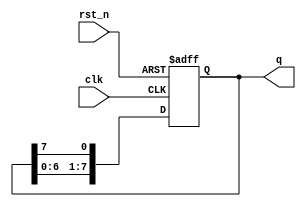
`timescale 1ns / 1ps
//////////////////////////////////////////////////////////////////////////////////
// Company: 
// Engineer: 
// 
// Design Name: 
// Module Name: prelab3_2
// Project Name: 
// Target Devices: 
// Tool Versions: 
// Description: 
// 
// Dependencies: 
// 
// Revision:
// Revision 0.01 - File Created
// Additional Comments:
// 
//////////////////////////////////////////////////////////////////////////////////

module prelab3_2(
q, // shifter output
clk, // global clock
rst_n // active low reset
);
output [7:0] q; // output
input clk; // global clock
input rst_n; // active low reset
reg [7:0] q; // output
// Sequential logics: Flip flops
always @(posedge clk or negedge rst_n)
if (~rst_n)
begin
q<=8'b01010101;
end
else
begin
q[0]<=q[7];
q[1]<=q[0];
q[2]<=q[1];
q[3]<=q[2];
q[4]<=q[3];
q[5]<=q[4];
q[6]<=q[5];
q[7]<=q[6];
end
endmodule